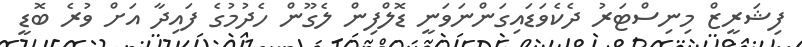
ފިޝަރީޒް މިނިސްޓަރު ދެކެވަޑައިގަންނަވަނީ ޑޮލްފިން ލެގޫން ހެދުމުގެ ފައިދާ އަށް ވުރެ ބޮޑީ